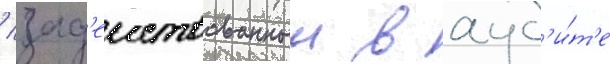
/ зад'еиствованныи в ауд'и́т'е